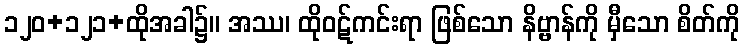
၁၂၀+၁၂၁+ထိုအခါ၌။ အဿ၊ ထိုဝဋ်ကင်းရာ ဖြစ်သော နိဗ္ဗာန်ကို မှီသော စိတ်ကို